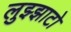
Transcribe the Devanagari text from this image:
लुझ्झाटो